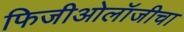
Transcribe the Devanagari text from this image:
फिजीओलॉजीचा